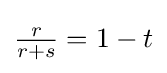
{\tfrac {r}{r+s}}=1-t